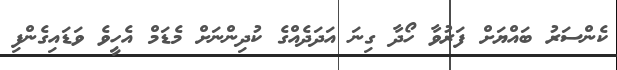
ކެންސަރު ބައްޔަށް ފަރުވާ ހޯދާ ގިނަ އަދަދެއްގެ ކުދިންނަށް މެޑަމް އެހީވެ ވަޑައިގެންފި